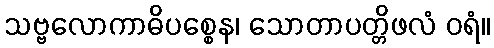
သဗ္ဗလောကာဓိပစ္စေန၊ သောတာပတ္တိဖလံ ဝရံ။